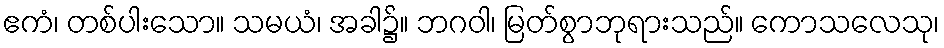
ဧကံ၊ တစ်ပါးသော။ သမယံ၊ အခါ၌။ ဘဂဝါ၊ မြတ်စွာဘုရားသည်။ ကောသလေသု၊